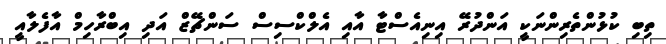
ތިބި ކުޅުންތެރިންނަކީ އަންދުރޭ އިނިއެސްޓާ އާއި އެލްކްސިސް ސަންޗޭޒް އަދި އިބްރާހިމް އާފެލާއީ